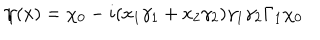
LaTeX: \psi ( x ) = \chi _ { 0 } - i ( x _ { 1 } \gamma _ { 1 } + x _ { 2 } \gamma _ { 2 } ) \gamma _ { 1 } \gamma _ { 2 } \Gamma _ { 1 } \chi _ { 0 }